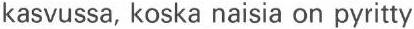
kasvussa, koska naisia on pyritty